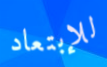
للإبتعاد